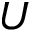
U